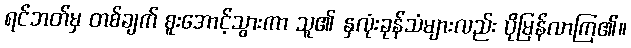
ရင်ဘတ်မှ တစ်ချက် စူးအောင့်သွားကာ သူ၏ နှလုံးခုန်သံများလည်း ပိုမြန်လာကြ၏။